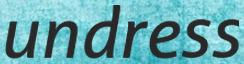
undress